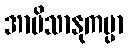
အာမိသာနုကမ္ပာ